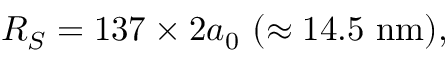
R _ { S } = 1 3 7 \times 2 a _ { 0 } ~ ( \approx \mathrm { 1 4 . 5 ~ n m } ) ,